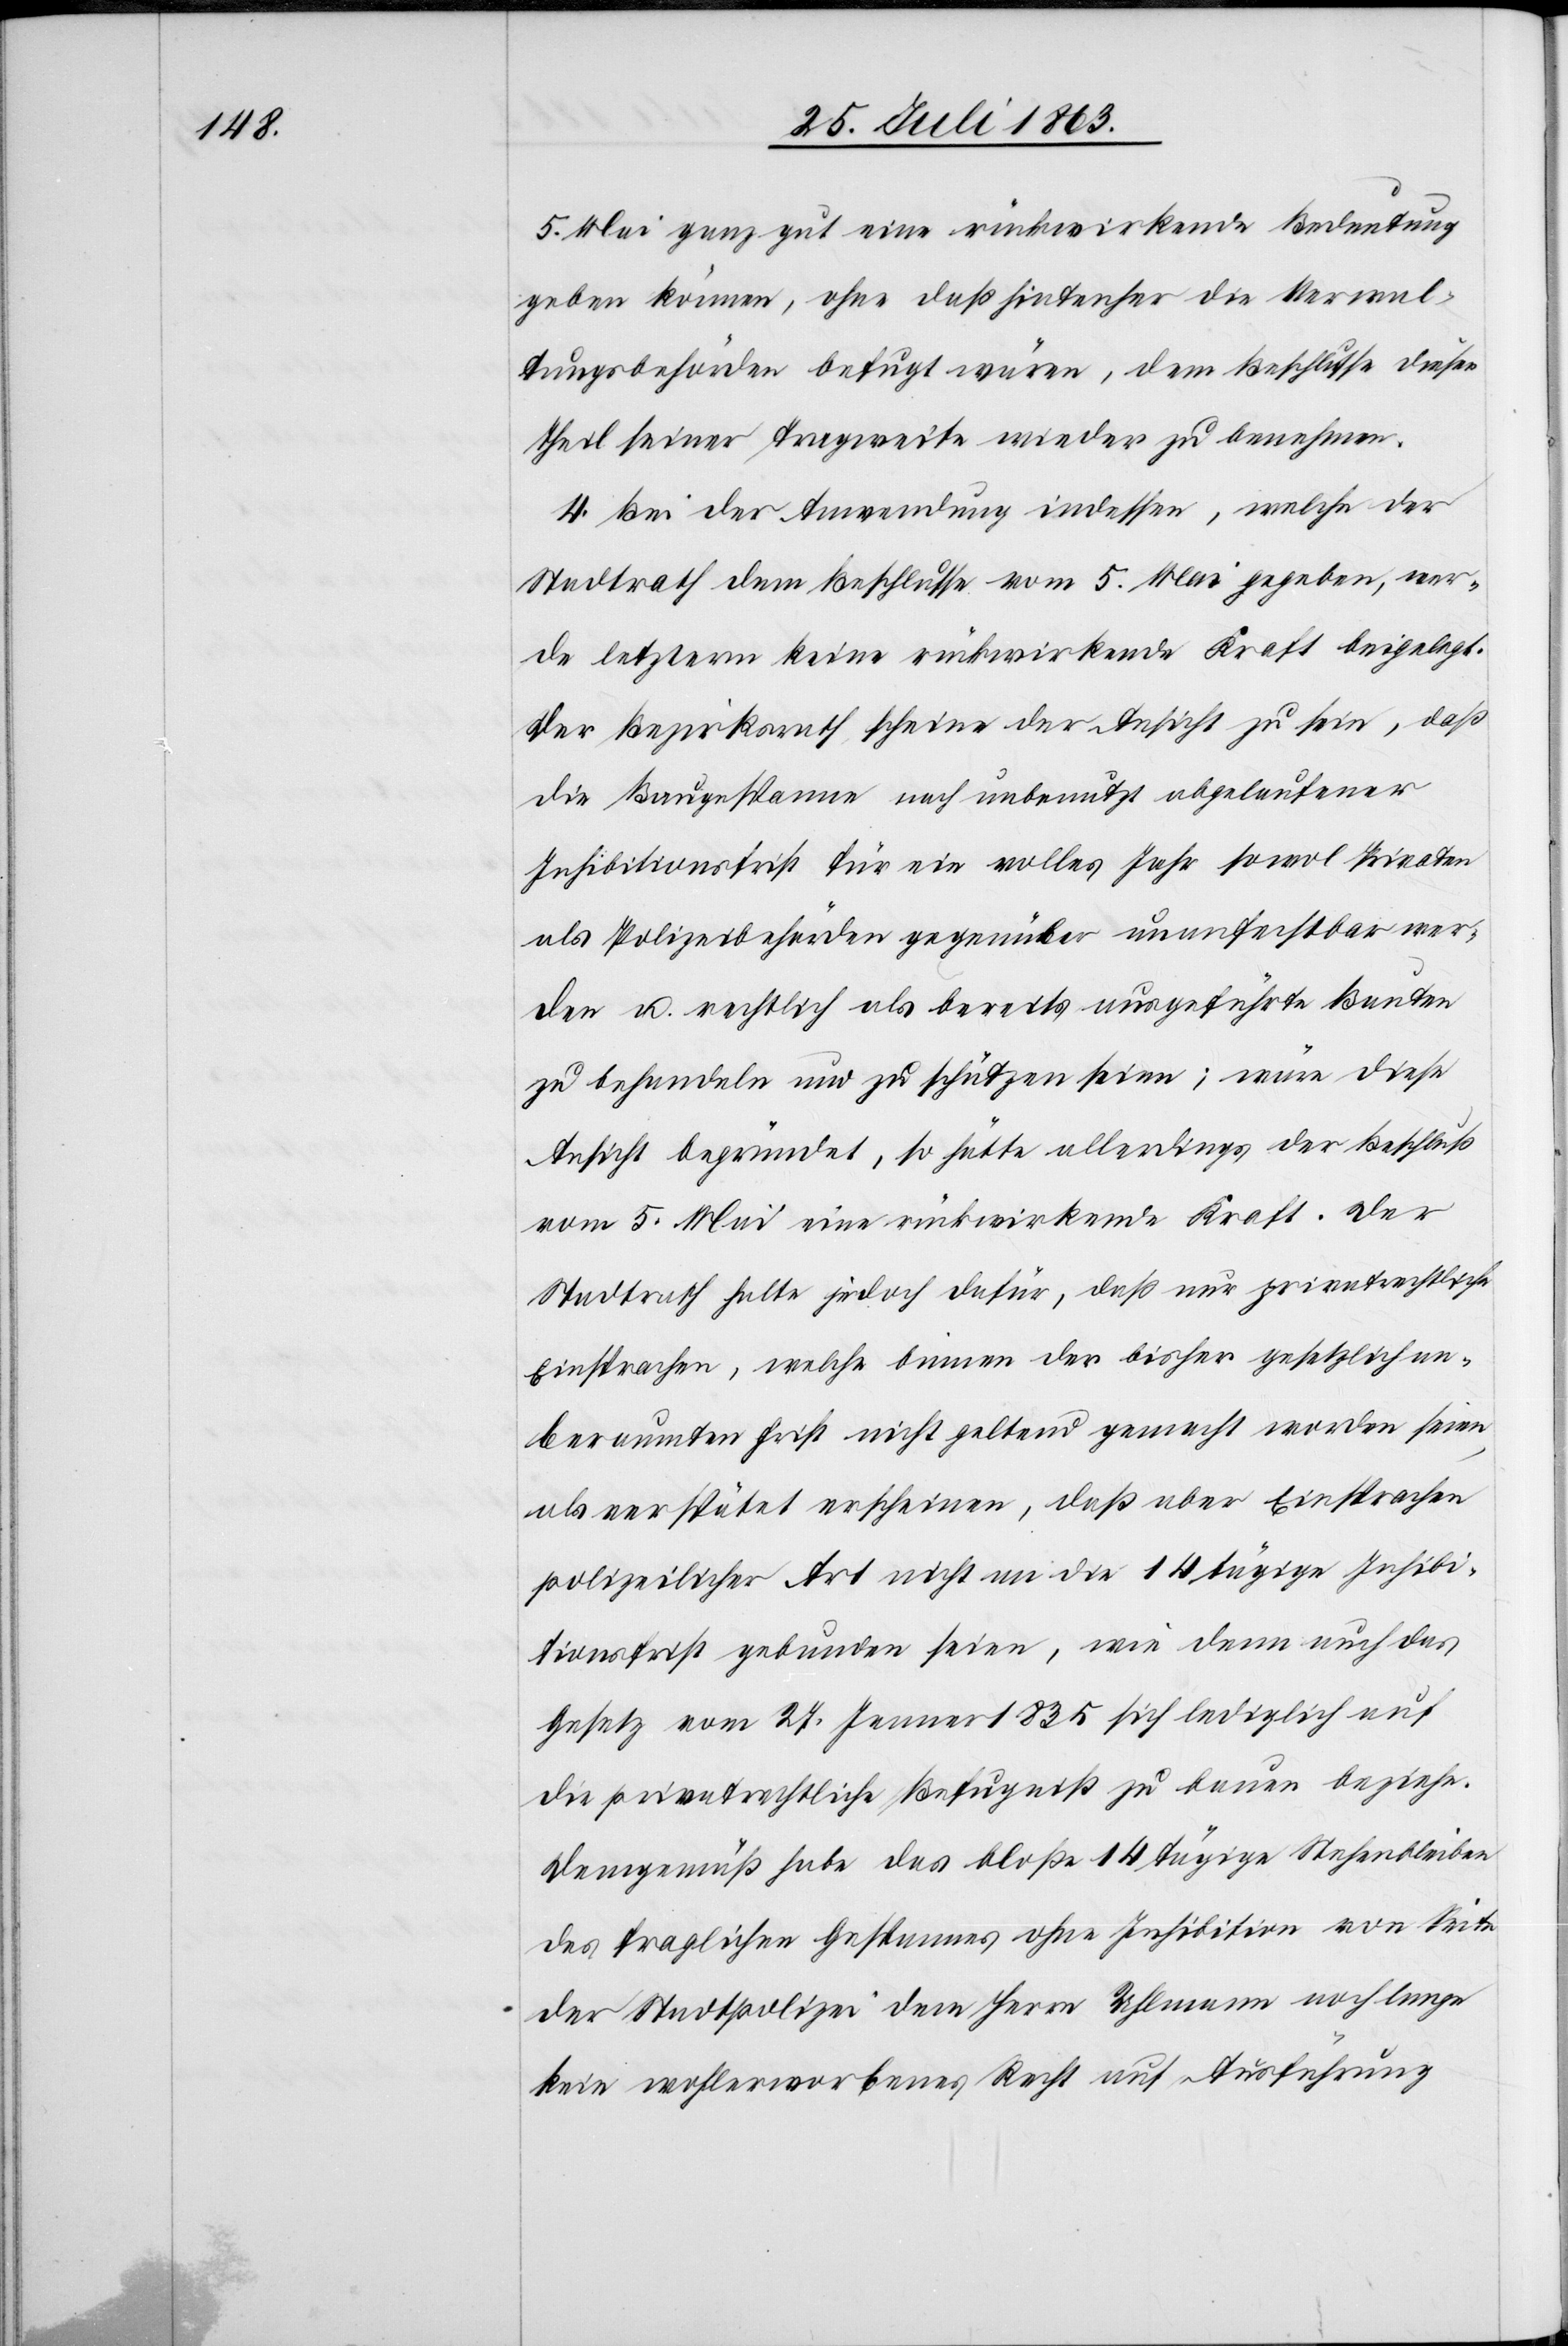
5. Mai ganz gut eine rückwirkende Bedeutung
geben können, ohne daß hintenher die Verwal¬
tungsbehörden befugt wären, dem Beschlusse dieser
Theil seiner Tragweite wieder zu benehmen.
4. Bei der Anwendung indessen, welche der
Stadtrath dem Beschlusse vom 5. Mai gegeben, wer¬
de letzterm keine rückwirkende Kraft beigelegt.
Der Bezirksrath scheine der Ansicht zu sein, daß
die Baugespanne nach unbenutzt abgelaufener
Inhibitionsfrist für ein volles Jahr sowol Privaten
als Polizeibehörden gegenüber unanfechtbar wer¬
den u. rechtlich als bereits ausgeführte Bauten
zu behandeln und zu schützen seien; wäre diese
Ansicht begründet, so hätte allerdings der Beschluß
vom 5. Mai eine rückwirkende Kraft. Der
Stadtrath halte jedoch dafür, daß nur privatrechtliche
Einsprachen, welche binnen der bisher gesetzlich an¬
beraumten Frist nicht geltend gemacht worden seien,
als verspätet erscheinen, daß aber Einsprachen
polizeilicher Art nicht an die 14 tägige Inhibi¬
tionsfrist gebunden seien, wie denn auch das
Gesetz vom 27. Jenner 1835 sich lediglich auf
die privatrechtliche Befugniß zu bauen beziehe.
Demgemäß habe das bloße 14 tägige Stehenbleiben
des fraglichen Gespannes ohne Inhibition von Seite
der Stadtpolizei dem Herrn Uhlmann noch lange
kein wohlerworbenes Recht auf Ausführung